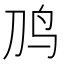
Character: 𱉈